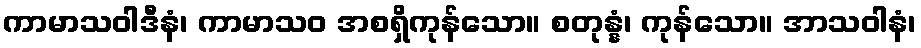
ကာမာသဝါဒီနံ၊ ကာမာသဝ အစရှိကုန်သော။ စတုန္နံ၊ ကုန်သော။ အာသဝါနံ၊